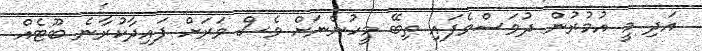
އަދި މީ އުމުރުން ދުވަސްވެފައި ތިބޭ މީހުންނަށް ވެސް ވަރަށް ފައިދާކުރާނެ ބޫޓެއް